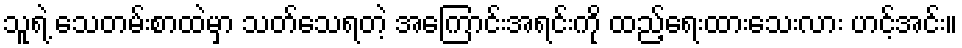
သူရဲ့ သေတမ်းစာထဲမှာ သတ်သေရတဲ့ အကြောင်းအရင်းကို ထည့်ရေးထားသေးလား ဟင့်အင်း။